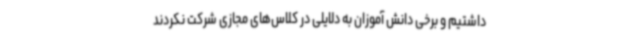
داشتیم و برخی دانش آموزان به دلایلی در کلاس‌های مجازی شرکت نکردند